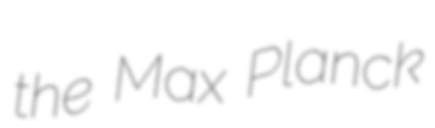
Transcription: the Max Planck